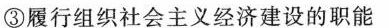
③履行组织社会主义经济建设的职能